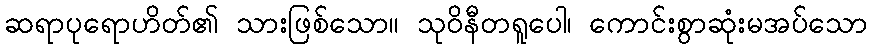
ဆရာပုရောဟိတ်၏ သားဖြစ်သော။ သုဝိနီတရူပေါ၊ ကောင်းစွာဆုံးမအပ်သော